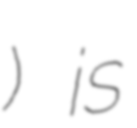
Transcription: نصار) is